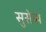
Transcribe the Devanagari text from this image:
सुसेव्य